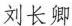
刘长卿